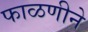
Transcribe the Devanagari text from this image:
फाळणीने